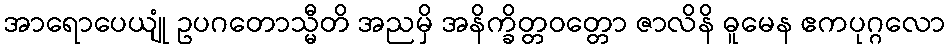
အာရောပေယျုံ ဥပဂတောသ္မီတိ အညမှိ အနိက္ခိတ္တဝတ္တော ဇာလိနိ ဓူမေန ဧကပုဂ္ဂလော